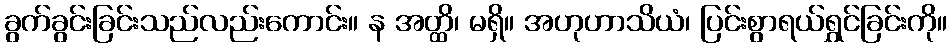
ခွက်ခွင်းခြင်းသည်လည်းကောင်း။ န အတ္ထိ၊ မရှိ။ အဟုဟာသိယံ၊ ပြင်းစွာရယ်ရွှင်ခြင်းကို။